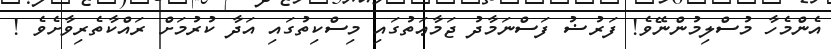
އެންމެހާ މުސްލިމުންނޭވެ! ފަރުޟު ފަސްނަމާދު ޖަމާޢަތުގައި މިސްކިތުގައި އަދާ ކުރުމަށް ރައްކާތެރިވާށެވެ !